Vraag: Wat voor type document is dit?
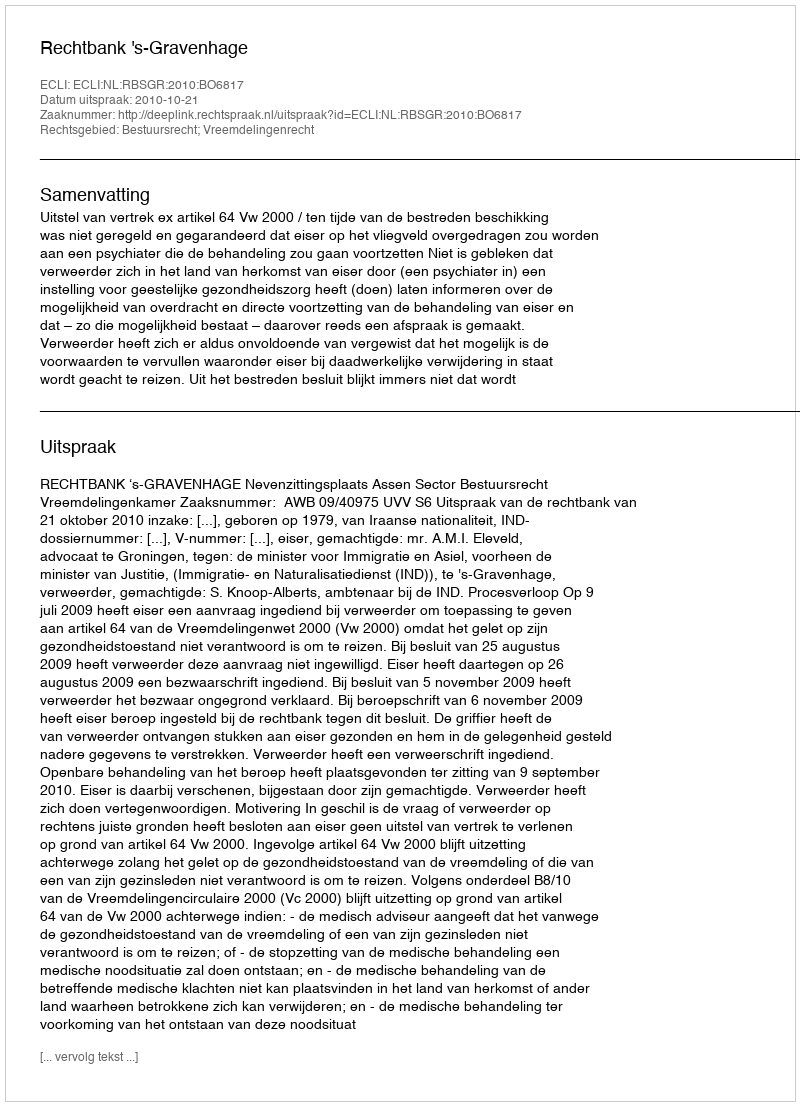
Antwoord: Uitspraak